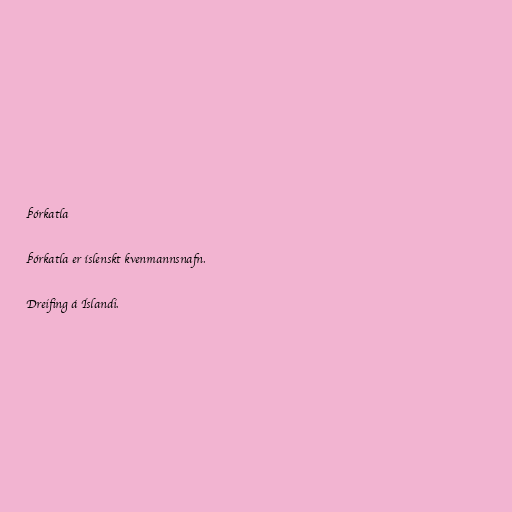
Þórkatla

Þórkatla er íslenskt kvenmannsnafn.

Dreifing á Íslandi.